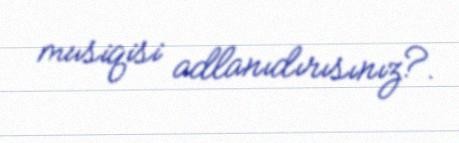
musiqisi adlanıdırısınız?.